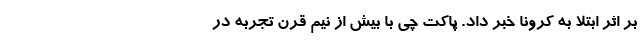
بر اثر ابتلا به کرونا خبر داد. پاکت چی با بیش از نیم قرن تجربه در